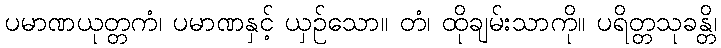
ပမာဏယုတ္တကံ၊ ပမာဏနှင့် ယှဉ်သော။ တံ၊ ထိုချမ်းသာကို။ ပရိတ္တသုခန္တိ၊